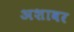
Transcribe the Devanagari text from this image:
अशावर